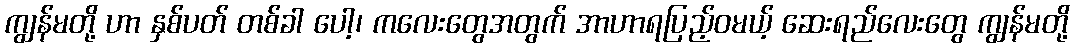
ကျွန်မတို့ ဟာ နှစ်ပတ် တစ်ခါ ပေါ့၊ ကလေးတွေအတွက် အာဟာရပြည့်ဝမယ့် ဆေးရည်လေးတွေ ကျွန်မတို့